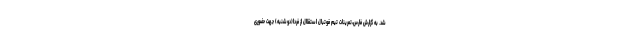
شد. به گزارش فارس،تمرینات تیم فوتبال استقلال از فردا(دوشنبه) جهت حضوری